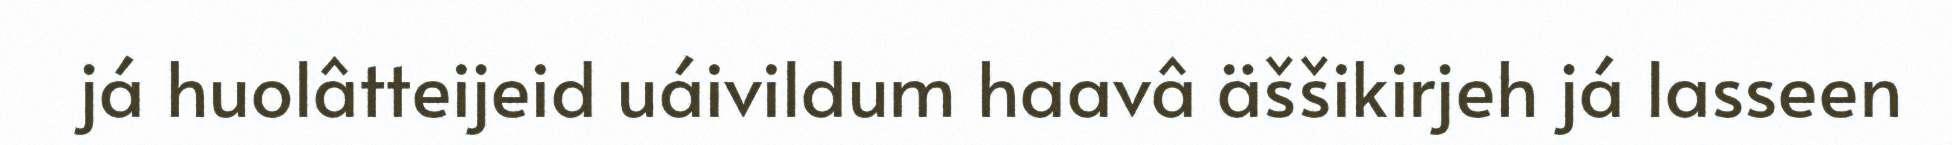
já huolâtteijeid uáivildum haavâ äššikirjeh já lasseen